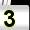
Digit: 3